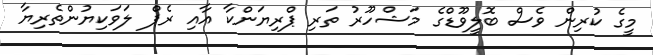
މީގެ ކުރިން ވެސް ބޮލީވޫޑްގެ މަޝްހޫރު ތަރި ޕްރިޔަންކާ އާއި ރެޕް ލަވަކިޔުންތެރިޔާ